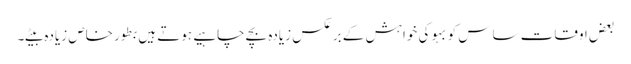
بعض اوقات ساس کو بہو کی خواہش کے برعکس زیادہ بچے چاہیے ہوتے ہیں بطور خاص زیادہ بیٹے۔